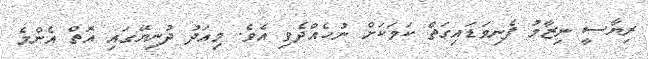
ރިޔާސީ ނިޒާމު ފެނިވަޑައިގަތް ކަމަކަށް ނުހެއްދެވި އެވެ. މިއަދު ދުނިޔޭގައި އޮތް އެންމެ